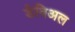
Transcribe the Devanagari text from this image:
डेविअल